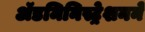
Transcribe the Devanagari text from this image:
ॲडमिनिस्ट्रेशनने